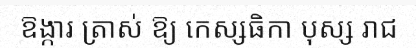
ឱង្ការ ត្រាស់ ឱ្យ កេស្សធិកា បុស្ស រាជ